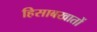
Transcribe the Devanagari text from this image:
हिसाबखातों